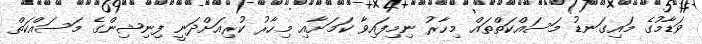
ވަޑާމުގެ މައިގަނޑު މަސައްކަތްތައް މިހާރު ނިމިފައިވާ ކަމަށާއި މިހާރު ކުރިއަށްދަނީ ފިނިޝިންގެ މަސައްކަތް